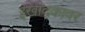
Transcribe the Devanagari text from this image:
इखाद्कावर